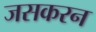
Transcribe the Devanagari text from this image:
जसकरन